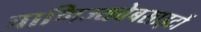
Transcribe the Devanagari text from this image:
वाणिज्यवेबसाइटों